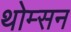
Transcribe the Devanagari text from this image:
थोम्सन